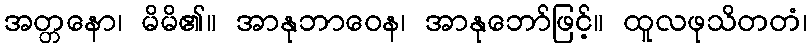
အတ္တနော၊ မိမိ၏။ အာနုဘာဝေန၊ အာနုဘော်ဖြင့်။ ထူလဖုသိတတံ၊